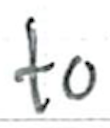
Text: to
Cross-out: clean
Writing tool: ballpoint